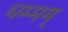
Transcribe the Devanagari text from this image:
धम्मम्